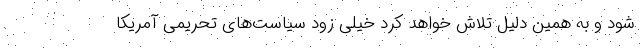
شود و به همین دلیل تلاش خواهد کرد خیلی زود سیاست‌های تحریمی آمریکا